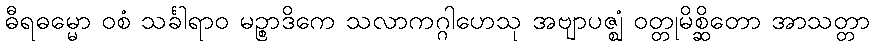
ဓီရဓမ္မော ဝစံ သင်္ခါရာဝ မဉ္စာဒိကေ သလာကဂ္ဂါဟေသု အဗျာပဇ္ဈံ ဝတ္တုမိစ္ဆိတော အာသတ္တာ